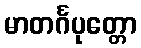
မာတင်္ဂပုတ္တော